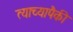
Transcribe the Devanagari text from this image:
त्याच्यापैकी